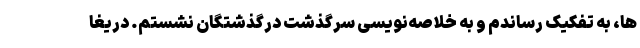
ها، به تفکیک رساندم و به خلاصه‌نویسی سرگذشت درگذشتگان نشستم. دریغا